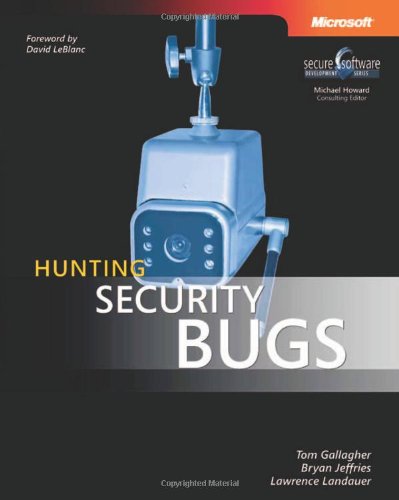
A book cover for Hunting Security Bugs (Developer Reference); Tom Gallagher; Computers & Technology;